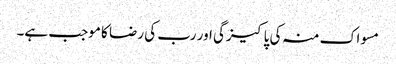
مسواک منہ کی پاکیزگی اور رب کی رضا کا موجب ہے۔